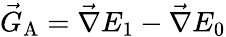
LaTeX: \vec{G}_{\textrm{A}}=\vec{\nabla}E_{1}-\vec{\nabla}E_{0}